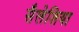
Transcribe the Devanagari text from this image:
सैलेशिया